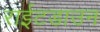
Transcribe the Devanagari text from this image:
राईटडाउन